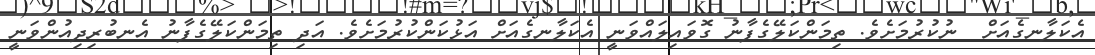
އެކަލާނގެއަށް  ނުކުރުމަށެވެ. ތިމަންކަލޭގެފާނު ގޮވައިލައްވަނީ އެކަލާނގެއަށް އަޅުކަންކުރުމަށެވެ. އަދި ތިމަންކަލޭގެފާނު އެނބުރިދިއުންވަނީ